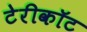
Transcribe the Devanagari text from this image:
टेरीकॉट